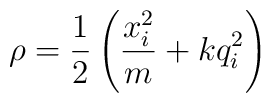
\rho = \frac{1}{2} \left( \frac{x_i^2}{m} + kq_i^2 \right)